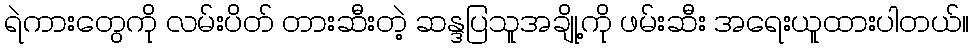
ရဲကားတွေကို လမ်းပိတ် တားဆီးတဲ့ ဆန္ဒပြသူအချို့ကို ဖမ်းဆီး အရေးယူထားပါတယ်။